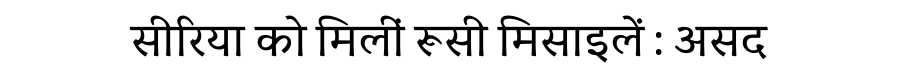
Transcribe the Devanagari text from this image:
सीरिया को मिलीं रूसी मिसाइलें : असद